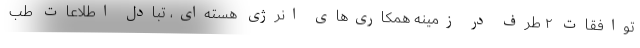
توافقات ۲ طرف در زمینه همکاری‌های انرژی هسته‌ای، تبادل اطلاعات طب